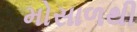
મોસાળથી